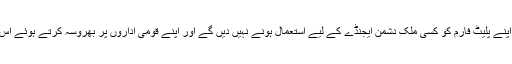
آمنہ مسعود کا کہنا تھا کہ ہم اپنے پلیٹ فارم کو کسی ملک دشمن ایجنڈے کے لیے استعمال ہونے نہیں دیں گے اور اپنے قومی اداروں پر بھروسہ کرتے ہوئے اس مسئلے کو حل کروائیں گے۔